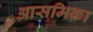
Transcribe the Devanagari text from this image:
आसमिका